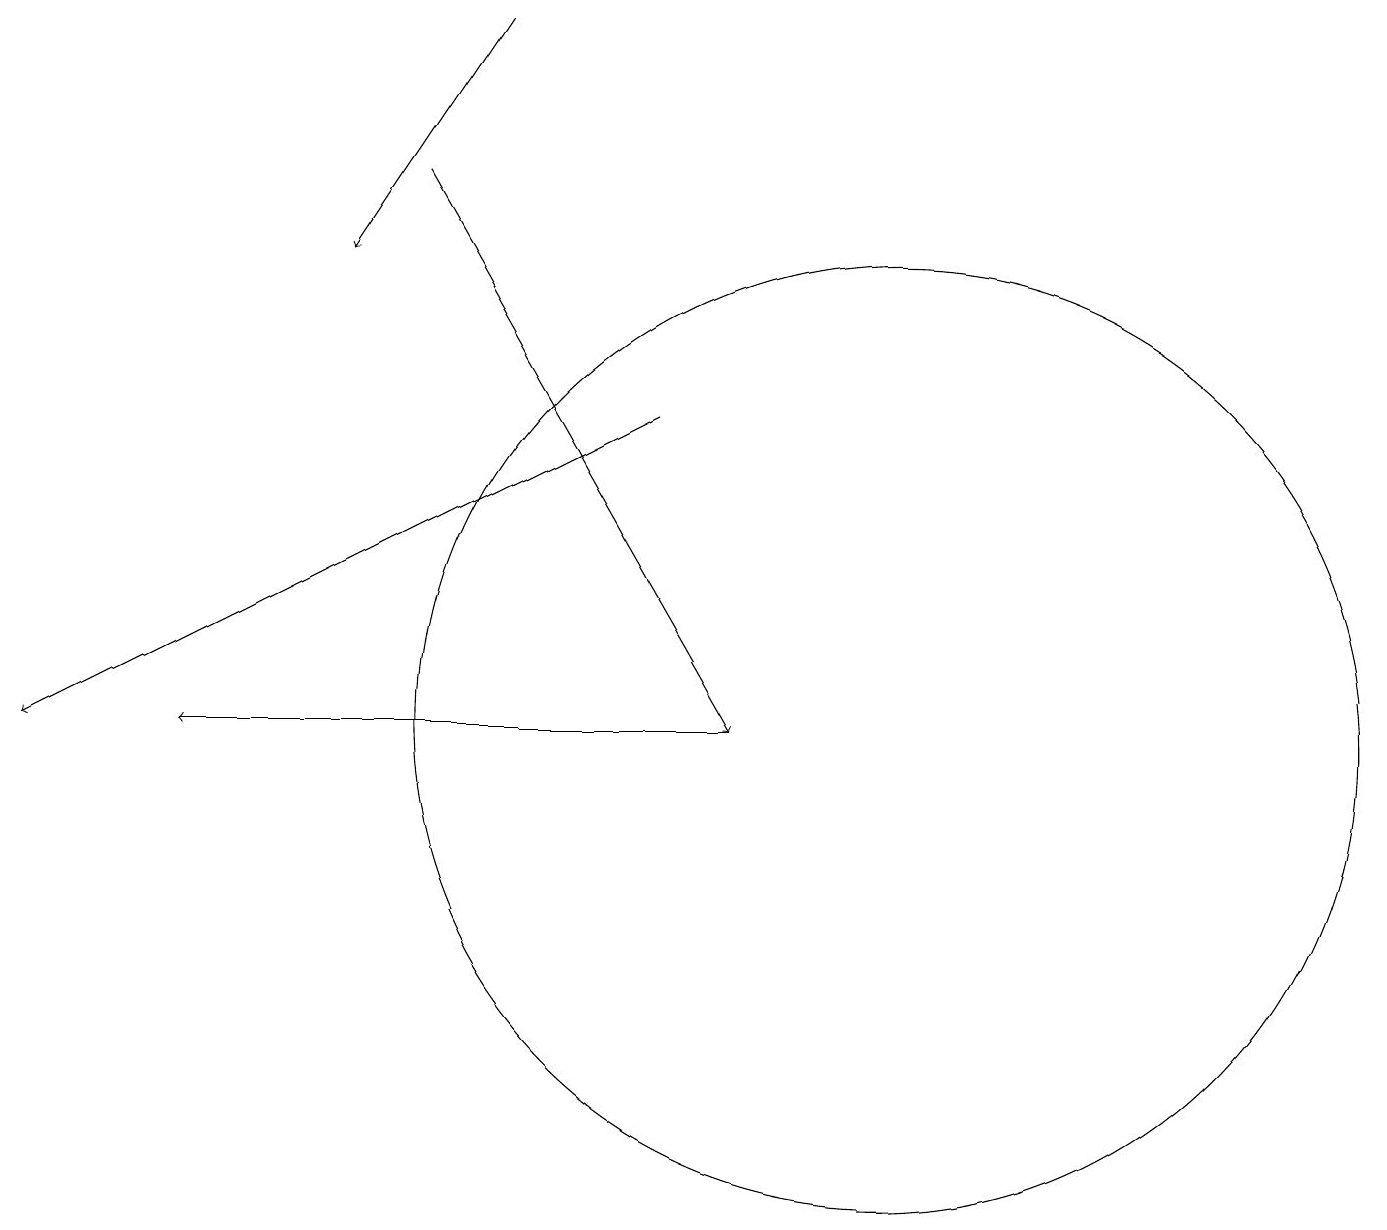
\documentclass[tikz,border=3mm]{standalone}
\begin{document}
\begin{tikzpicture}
\draw[->] (5,17) -- (9,10);
\draw[->] (8,14) -- (0,10);
\draw[->] (6,19) -- (4,16);
\draw[->] (9,10) -- (2,10);
\draw (11,10) circle (6);
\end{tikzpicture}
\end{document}